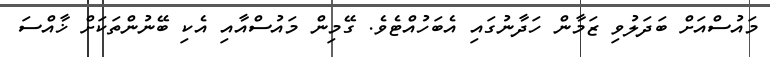
މައުސްއަށް ބަދަލުވި ޒަމާން ހަދާނުގައި އެބަހުއްޓެވެ. ގޭމިން މައުސްއާއި އެކި ބޭނުންތަކަށް ޚާއްސަ